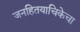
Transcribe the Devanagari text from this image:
जनहितयाचिकेचा